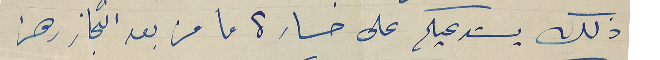
ذلك يستدعيكم على خسارة ما من بعد انجاز رهن